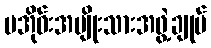
ပအိုဝ်းအမျိုးသားအဖွဲ့ချုပ်